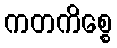
ကတကိစ္စေ